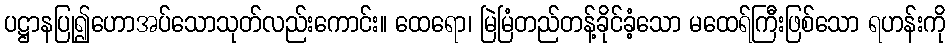
ပဋ္ဌာနပြု၍ဟောအပ်သောသုတ်လည်းကောင်း။ ထေရော၊ မြဲမြံတည်တန့်ခိုင်ခံ့သော မထေရ်ကြီးဖြစ်သော ရဟန်းကို